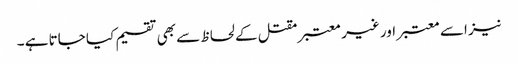
نیز اسے معتبر اور غیر معتبر مقتل کے لحاظ سے بھی تقسیم کیا جاتا ہے ۔